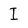
Character: I